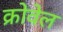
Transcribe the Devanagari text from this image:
क्रोवेल